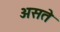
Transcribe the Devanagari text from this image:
असतॆ